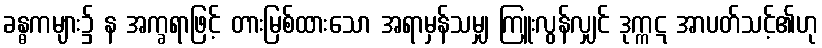
ခန္ဓကများ၌ န အက္ခရာဖြင့် တားမြစ်ထားသော အရာမှန်သမျှ ကြူးလွန်လျှင် ဒုက္ကဋ အာပတ်သင့်၏ဟု